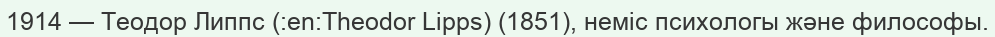
1914 — Теодор Липпс (:en:Theodor Lipps) (1851), неміс психологы және философы.